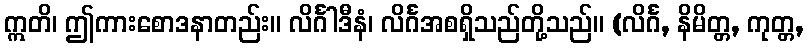
ဣတိ၊ ဤကားစောဒနာတည်း။ လိင်္ဂါဒီနံ၊ လိင်္ဂအစရှိသည်တို့သည်။ (လိင်္ဂ, နိမိတ္တ, ကုတ္တ,